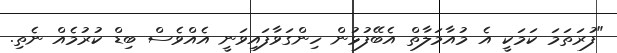
"ފުރަތަމަ ކަމަކީ އެ މުއާމަލާތް އެބޭފުޅުން ހިންގަވާފައިވަނީ އެއްވެސް ބިޑް ކުރުމެއް ނެތި.